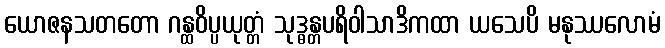
ယောဇနသတတော ဂန္ထဝိပ္ပယုတ္တံ သုဒ္ဓန္တပရိဝါသာဒိကထာ ယသေပိ မနုဿလောမံ